Civil Veterinary Dept. Bombay admin report 1923-31 - 1923-1931
Year: 1923
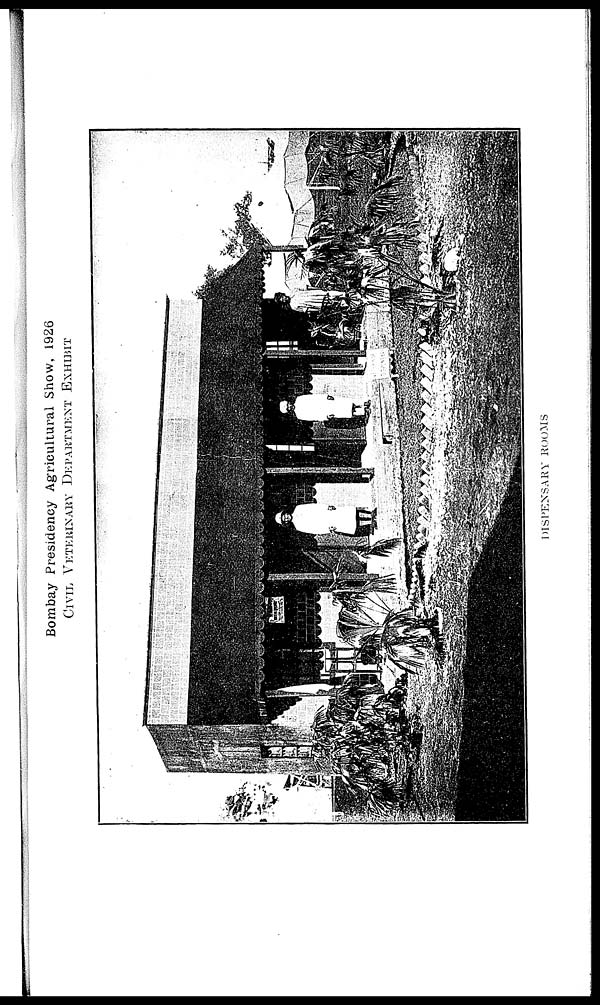
Bombay Presidency Agricultural Show, 1926
CIVIL VETERINARY DEPARTMENT EXHIBIT
DISPENSARY ROOMS